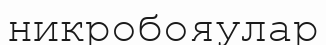
никробояулар